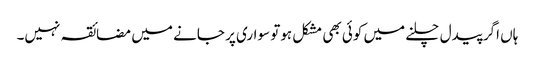
ہاں اگر پیدل چلنے میں کوئی بھی مشکل ہوتو سواری پر جانے میں مضائقہ نہیں۔